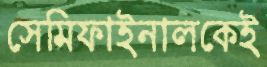
সেমিফাইনালকেই